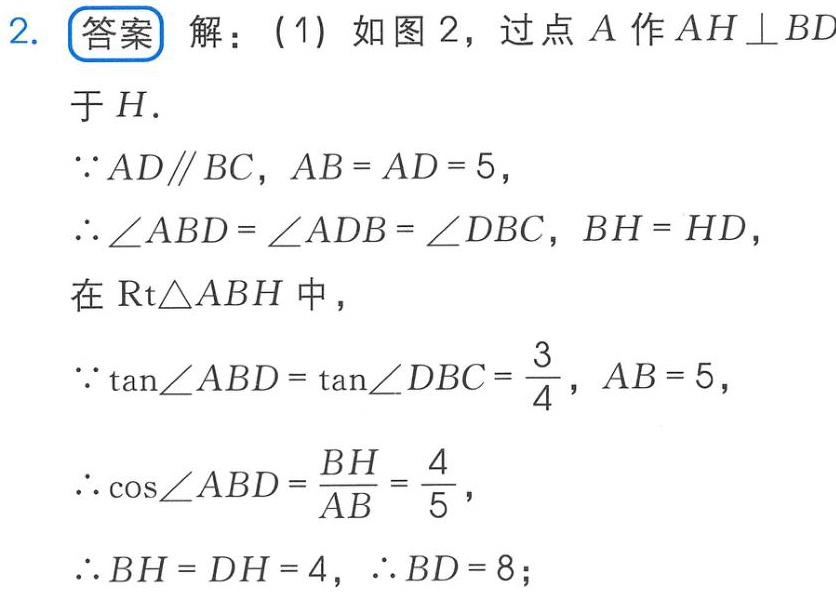
2. **答案** 解：(1) 如图2，过点\(A\)作\(AH\perp BD\)
于\(H\).
\(\because AD\parallel BC\)，\(AB = AD = 5\)，
\(\therefore \angle ABD=\angle ADB = \angle DBC\)，\(BH = HD\)，
在\(\mathrm{Rt}\triangle ABH\)中，
\(\because \tan\angle ABD=\tan\angle DBC=\frac{3}{4}\)，\(AB = 5\)，
\(\therefore \cos\angle ABD=\frac{BH}{AB}=\frac{4}{5}\)，
\(\therefore BH = DH = 4\)，\(\therefore BD = 8\)；